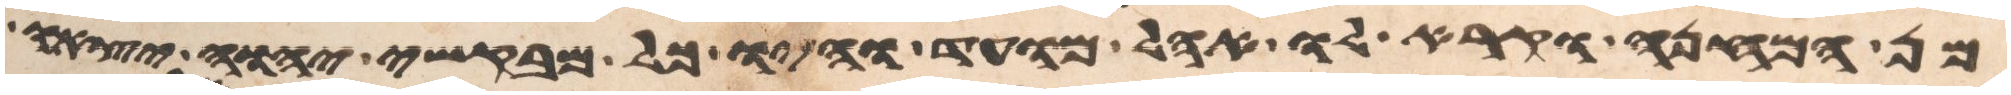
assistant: מן המחנה וקרא לו אהל מועד והיו כל מבקשי יהוה יצאו